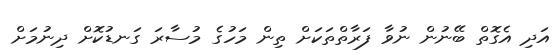
އަދި އެގޮތް ބޭނުން ނުވާ ފަރާތްތަކަށް ތިން މަހުގެ މުސާރަ ގަނޑުކޮށް ދިނުމަށް